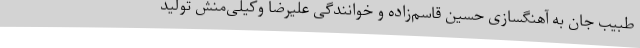
طبیب جان به آهنگسازی حسین قاسم‌زاده و خوانندگی علیرضا وکیلی‌منش تولید